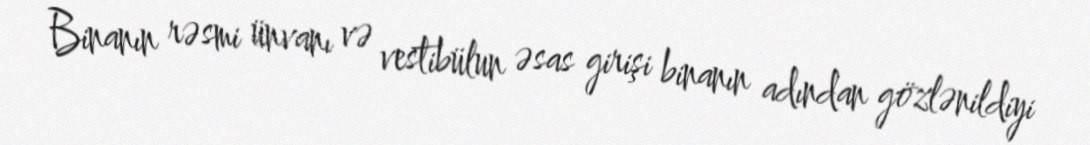
Binanın rəsmi ünvanı və vestibülun əsas girişi binanın adından gözlənildiyi